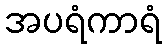
အပရံကာရံ